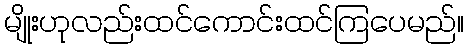
မျိုးဟုလည်းထင်ကောင်းထင်ကြပေမည်။